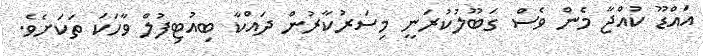
އައްޑޫ ކުއްޖާ މެން ވެސް ގަބޫލުކުރަނީ މިސަރުކާރުން ދައްކާ ބިއުޓިފުލް ވާހަކަ ތަކަށެެވެ.